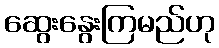
ဆွေးနွေးကြမည်ဟု